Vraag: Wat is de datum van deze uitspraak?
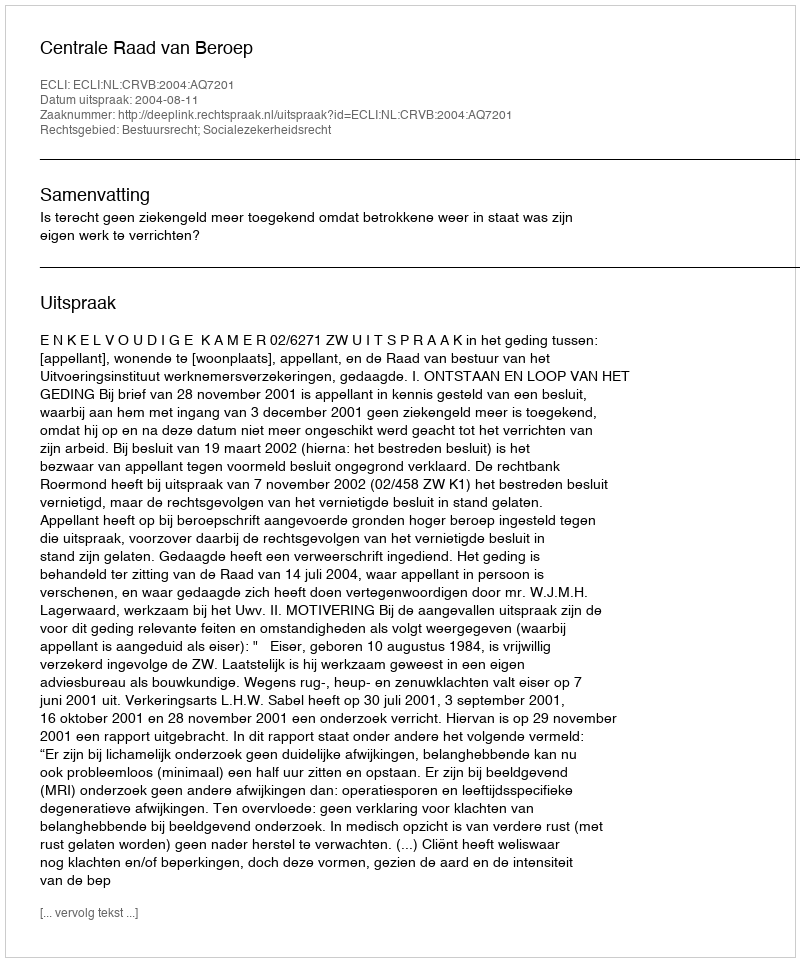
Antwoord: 2004-08-11